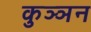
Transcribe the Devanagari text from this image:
कुञ्ञन